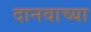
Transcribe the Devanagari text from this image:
दानवाच्या